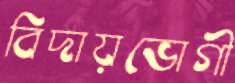
বিদায়ভোগী